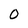
Character: 0